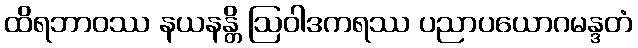
ထိရဘာဝဿ နယနန္တိ ဩဝါဒကရဿ ပညာပယောဂမန္ဒတံ